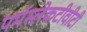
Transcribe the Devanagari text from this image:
पर्मस्लेकटीवीटी